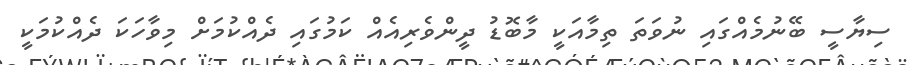
ސިޔާސީ ބޭނުމެއްގައި ނުވަތަ ތިމާއަކީ މާބޮޑު ދީންވެރިއެއް ކަމުގައި ދެއްކުމަށް މިވާހަކަ ދެއްކުމަކީ